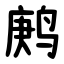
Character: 鹒